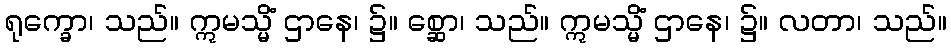
ရုက္ခော၊ သည်။ ဣမသ္မိံ ဌာနေ၊ ၌။ စ္ဆော၊ သည်။ ဣမသ္မိံ ဌာနေ၊ ၌။ လတာ၊ သည်။